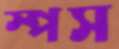
স্পস